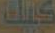
كيك